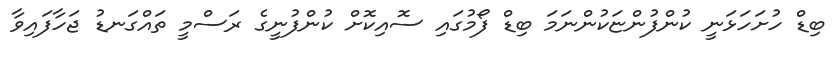
ބިޑް ހުށަހަޅަނީ ކުންފުންޏަކުންނަމަ ބިޑް ފޯމުގައި ސޮއިކޮށް ކުންފުނީގެ ރަސްމީ ތައްގަނޑު ޖަހާފައިވާ